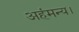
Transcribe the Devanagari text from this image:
अहंमन्य।